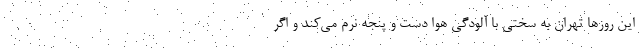
این روزها تهران به سختی با آلودگی هوا دست و پنجه نرم می‌کند و اگر